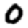
Digit: 0